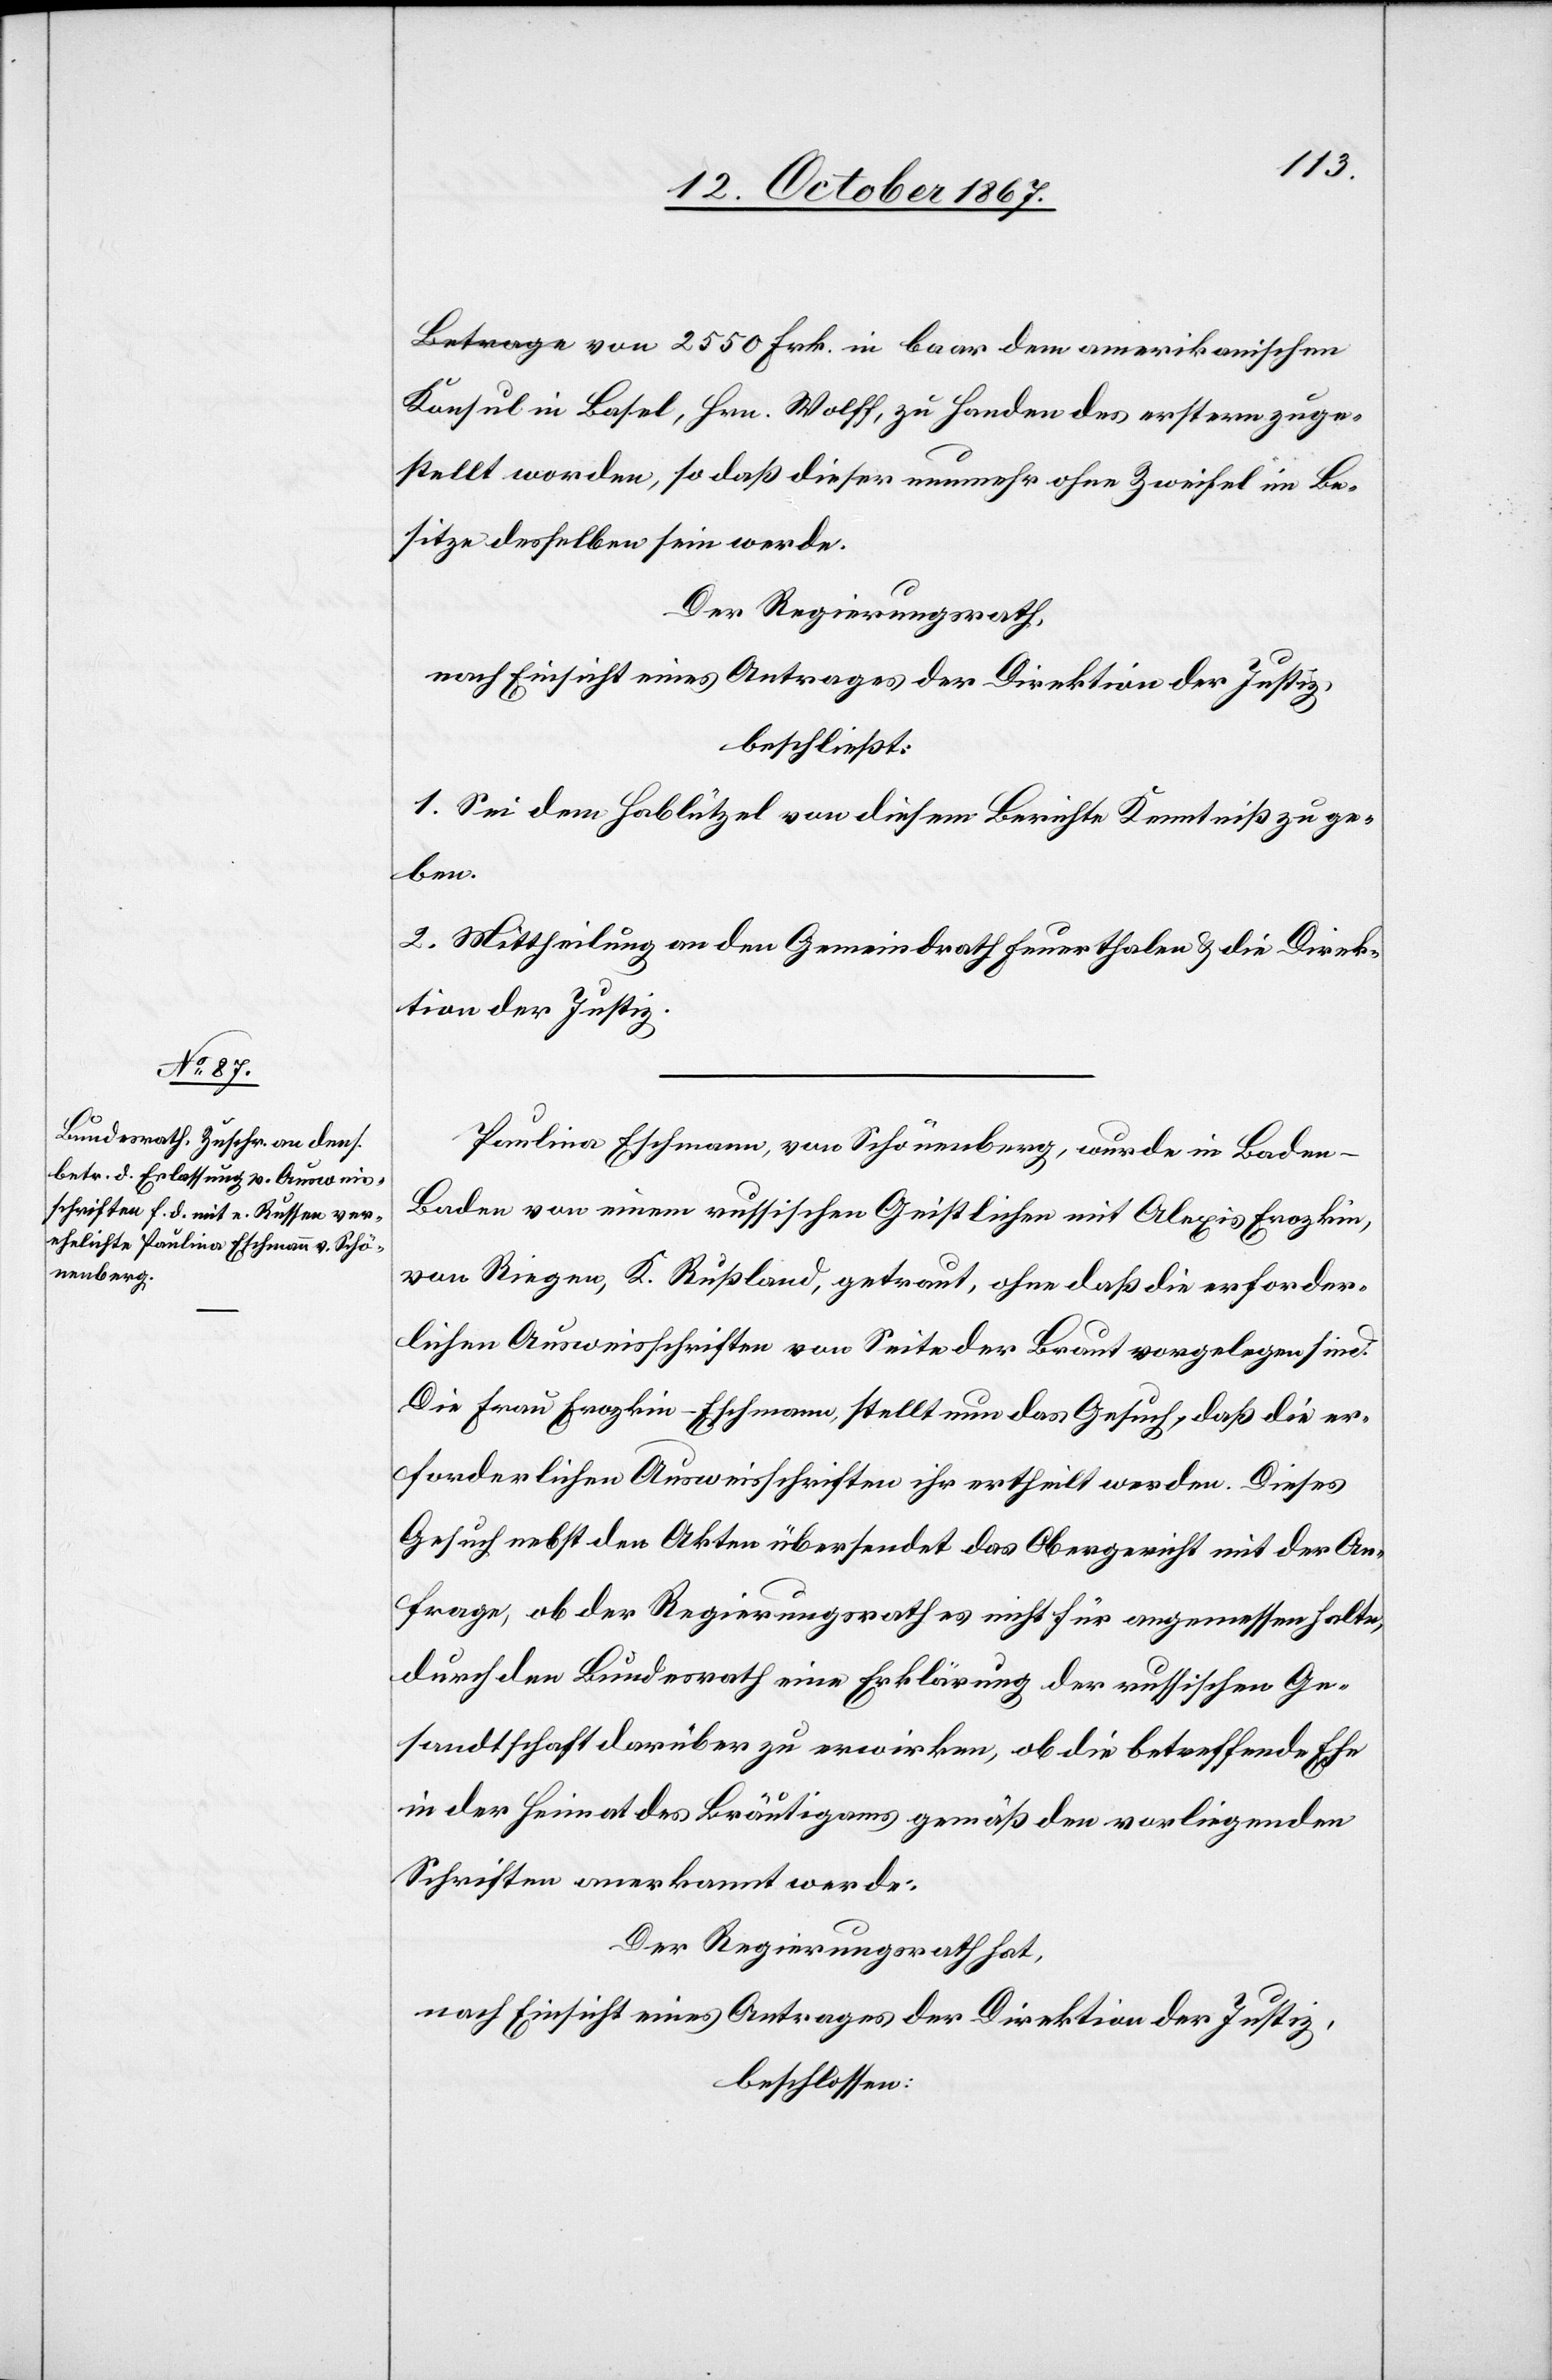
Konsul in Basel, Hrn. Wolff, zu Handen des erstern zuge¬
stellt worden, so daß dieser nunmehr ohne Zweifel im Be¬
sitze desselben sein werde.
Der Regierungsrath,
nach Einsicht eines Antrages der Direktion der Justiz,
beschließt:
1. Sei dem Hablützel von diesem Berichte Kenntniß zu ge¬
ben.
2. Mittheilung an dem Gemeindrath Feuerthalen u. die Direk¬
tion der Justiz.
Paulina Eschmann, von Schönenberg, wurde in Bade¬
n-Baden von einem russischen Geistlichen mit Alexis Erozkin,
von Riegen, K. Rußland, getraut, ohne daß die erforder¬
lichen Ausweisschriften von Seite der Braut vorgelegen sind.
Die Frau Erozkin-Eschmann stellt nun das Gesuch, daß die er¬
forderlichen Ausweisschriften ihr ertheilt werden. Dieses
Gesuch nebst den Akten übersendet das Obergericht mit der An¬
frage, ob der Regierungsrath es nicht für angemessen halte,
durch den Bundesrath eine Erklärung der russischen Ge¬
sandtschaft darüber zu erwirken, ob die betreffende Ehe
in der Heimath des Bräutigams gemäß der vorliegenden
Schriften anerkannt werde.
Der Regierungsrath hat,
nach Einsicht eines Antrages der Direktion der Justiz,
beschlossen: